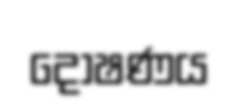
දෝෂණය